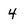
Character: 4